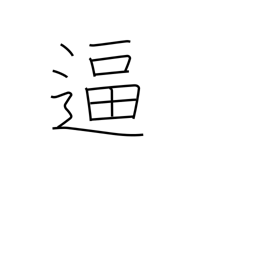
Meaning: spur on